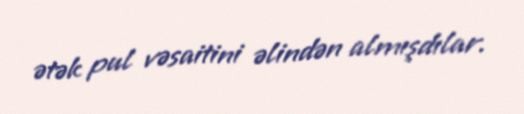
ətək pul vəsaitini əlindən almışdılar.